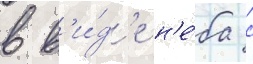
в в'и́д'е н'е́ба с